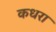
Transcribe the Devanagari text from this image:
कधरा